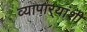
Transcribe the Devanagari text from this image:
व्यापार्‍यांशी